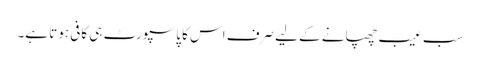
سب عیب چھپانے کے لیے صرف اس کا پاسپورٹ ہی کافی ہوتا ہے۔